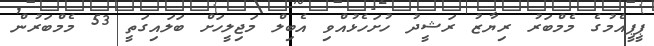
ޕީޕީއެމުގެ މެމްބަރު ރިޔާޒު ރަޝީދު ހުށަހެޅުއްވި އެބިލް މަޖިލީހަށް ބަލައިގަތީ 53 މެމްބަރުން